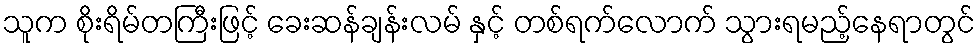
သူက စိုးရိမ်တကြီးဖြင့် ခေးဆန်ချန်းလမ် နှင့် တစ်ရက်လောက် သွားရမည့်နေရာတွင်